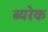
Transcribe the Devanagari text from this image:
ब्यरेक